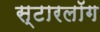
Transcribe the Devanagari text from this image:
स्टारलॉग